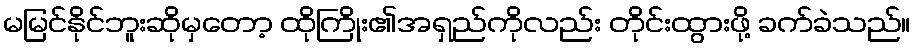
မမြင်နိုင်ဘူးဆိုမှတော့ ထိုကြိုး၏အရှည်ကိုလည်း တိုင်းထွားဖို့ ခက်ခဲသည်။